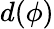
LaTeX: d(\phi)